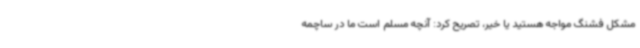
مشکل فشنگ مواجه هستید یا خیر، تصریح کرد:‌ آنچه مسلم است ما در ساچمه